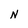
Character: N